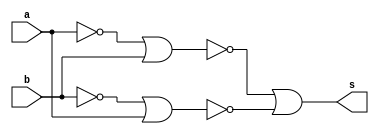
// ----------------------------------------------------------------------------
/**
 Exemplo_0506 - GATES
 Nome: Gabriel Vargas Bento de Souza
 Matricula: 778023
 */
// ----------------------------------------------------------------------------
/*
 f5_gate (a^b) = xor(a,b)
 m a b s
 0 0 0 0
 1 0 1 1
 2 1 0 1
 3 1 1 0

a'.b + a.b'
or( and(not(a),b), and(a,not(b)) )

or( and(nor(a,a),b), and(a,nor(b,b)) )
or( nor(a,nor(b,b)), nor(nor(a,a),b) )
nor( nor( (a,nor(b,b) ) , (nor(a,a),b) ) ) 

*/
// ----------------------------------------------------------------------------
module f5a (output s,
            input  a,
            input  b);

 // definir dado local
    wire not_a, not_b, w1, w2, nor_w1w2;

 // descrever por portas
    nor NOR1 (not_a, a, a);
    nor NOR2 (not_b, b, b);
    nor NOR3 (w1, not_a, b);
    nor NOR4 (w2, not_b, a);
    nor NOR5 (nor_w1w2, w1, w2);
    nor NOR6 (s, nor_w1w2, nor_w1w2);
endmodule // f5a
// ----------------------------------------------------------------------------
/*
 f5_gate (a^b) = xor(a,b)
 m a b s
 0 0 0 0
 1 0 1 1
 2 1 0 1
 3 1 1 0
*/
// ----------------------------------------------------------------------------
module f5b (output s,
            input  a,
            input  b);

 // descrever por expressao
    assign s = ~a &  b
             |  a & ~b;
endmodule // f5b

module test_f5;
// -------------------------------------------------------------- definir dados
    reg x; reg y;
    wire a, b;

    f5a moduloA (a, x, y);
    f5b moduloB (b, x, y);
// ------------------------------------------------------------ parte principal
initial
 begin : main
   $display("Exemplo_0506 - Gabriel Vargas Bento de Souza - 778023");
   $display("Test module  - (a ^ b)");
   $display(" x  y  a  b");
 
   // projetar testes do modulo
   $monitor("%2b %2b %2b %2b", x, y, a, b);
      x = 1'b0; y = 1'b0;
   #1 x = 1'b0; y = 1'b1;
   #1 x = 1'b1; y = 1'b0;
   #1 x = 1'b1; y = 1'b1;
 end
endmodule // test_f5

// --------------------------------------------------------------------- testes
/*
C:\Users\Gabriel\Desktop\CC-PUC\2Periodo\ARQ1\Tarefas\Guia05>vvp Exemplo_0506.vvp
Exemplo_0506 - Gabriel Vargas Bento de Souza - 778023
Test module  - (a ^ b)
 x  y  a  b
 0  0  0  0
 0  1  1  1
 1  0  1  1
 1  1  0  0
*/